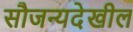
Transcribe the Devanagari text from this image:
सौजन्यदेखील